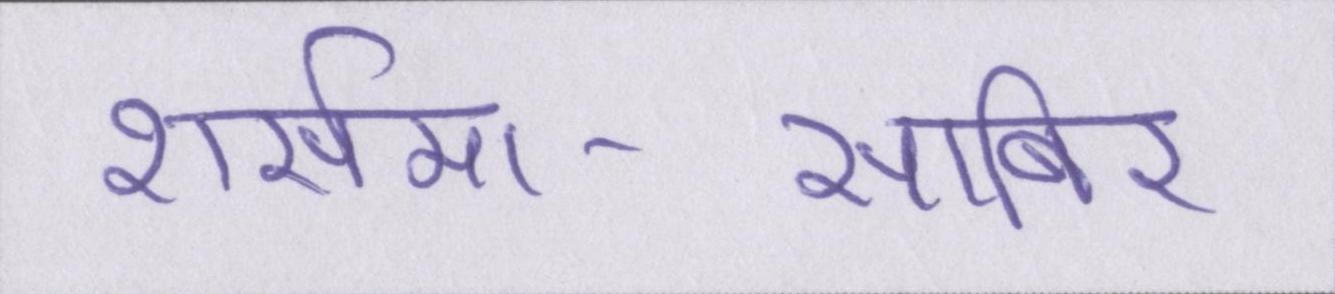
शर्समा-साबिर